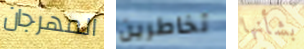
المهرجان تخاطرين بشأنها